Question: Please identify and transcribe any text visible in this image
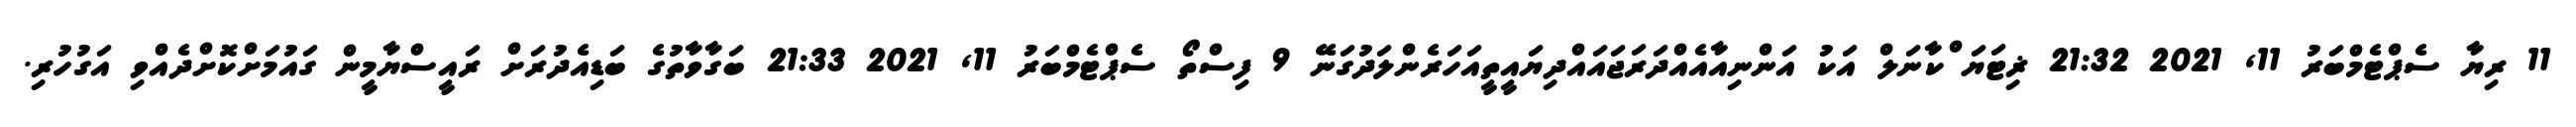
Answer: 11 ރިޔާ ސެޕްޓެމްބަރު 11, 2021 21:32 ޜިޓަޔަޱްކާނަލް އަކު އަންނިއާއެއްދަރަޖައައްދިޔައީތީއަހަރެންލަދުގަނޭ 9 ފިސްތޯ ސެޕްޓެމްބަރު 11, 2021 21:33 ބަގާވާތުގެ ބަޑިއެދުރަށް ރައީސްޔާމީން ގައުމަށްކޮށްދެއްވި އަގުހުރި.